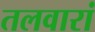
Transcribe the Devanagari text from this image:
तलवारां